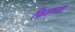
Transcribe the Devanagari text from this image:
फ़िल्च्नर